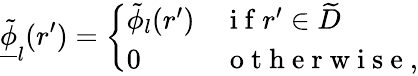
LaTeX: \underline{{\tilde{\phi}}}_{l}(r^{\prime})=\left\{ \begin{array}{ll}{\tilde{\phi}_{l}(r^{\prime})}&{\mathrm{~i~f~}r^{\prime}\in\widetilde{D}}\\ {0}&{\mathrm{~o~t~h~e~r~w~i~s~e~},}\end{array}\right.